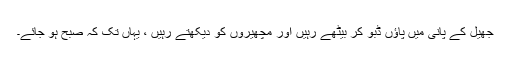
جھیل کے پانی میں پاؤں ڈبو کر بیٹھے رہیں اور مچھیروں کو دیکھتے رہیں ، یہاں تک کہ صبح ہو جائے۔